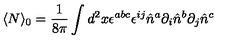
\langle N \rangle _ { 0 } = \frac { 1 } { 8 \pi } \int d ^ { 2 } x \epsilon ^ { a b c } \epsilon ^ { i j } \hat { n } ^ { a } \partial _ { i } \hat { n } ^ { b } \partial _ { j } \hat { n } ^ { c }